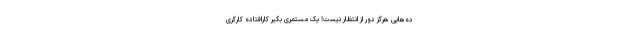
ده‌هایی هرگز دور از انتظار نیست! یک مستمری بگیرِ کارافتاده کارگری